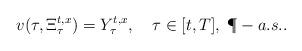
LaTeX: \begin{align*}v(\tau,\Xi_\tau^{t,x})=Y_\tau^{t,x},\, \;\;\; \tau \in [t,T], \; \P-a.s..\end{align*}